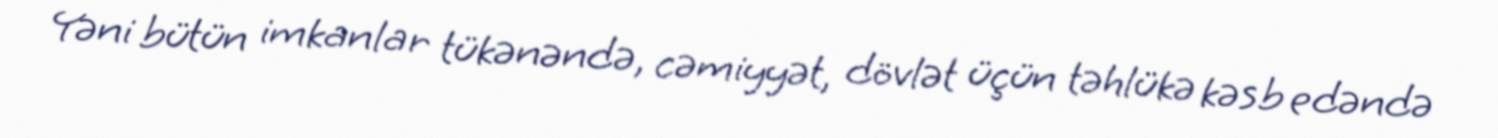
Yəni bütün imkanlar tükənəndə, cəmiyyət, dövlət üçün təhlükə kəsb edəndə